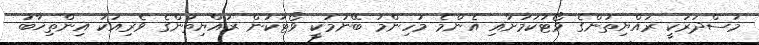
މަސްދަރަކީ ރައްޔިތުންގެ ވޯޓުކަމަށާއި އެންމެ މުހިންމު ބޭނުމަކީ ވޯޓަކުން ރައްޔިތުންގެ ވެރިއަކު އިންތިޚާބު